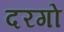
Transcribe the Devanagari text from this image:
दरगो